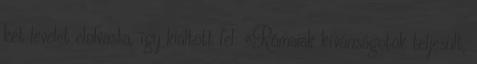
két levelet elolvasta, így kiáltott fel: «Rómaiak kívánságotok teljesült,